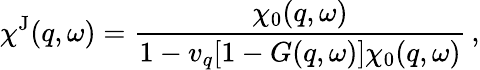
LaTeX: \chi^{\mathrm{J}}(q,\omega)=\frac{\chi_{0}(q,\omega)}{1-v_{q}[1-G(q,\omega)]\chi_{0}(q,\omega)}\, ,